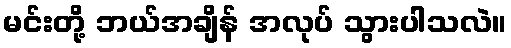
မင်းတို့ ဘယ်အချိန် အလုပ် သွားပါသလဲ။